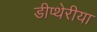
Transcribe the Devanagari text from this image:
डीप्थेरीया